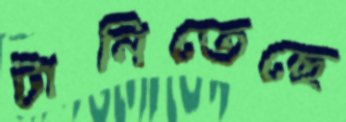
টানিতেছে